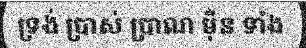
ទ្រង់ ប្រាស់ ប្រាណ ម៉ឺន ទាំង